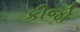
કીજો